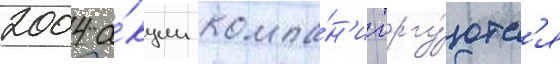
2004 а́кции компа́н'ии торгу́ютс'я